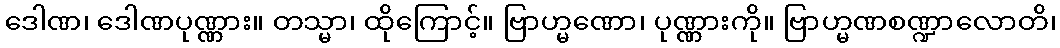
ဒေါဏ၊ ဒေါဏပုဏ္ဏား။ တသ္မာ၊ ထိုကြောင့်။ ဗြာဟ္မဏော၊ ပုဏ္ဏားကို။ ဗြာဟ္မဏစဏ္ဍာလောတိ၊